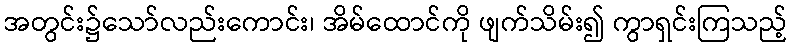
အတွင်း၌သော်လည်းကောင်း၊ အိမ်ထောင်ကို ဖျက်သိမ်း၍ ကွာရှင်းကြသည့်